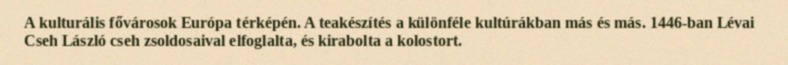
A kulturális fővárosok Európa térképén. A teakészítés a különféle kultúrákban más és más. 1446-ban Lévai Cseh László cseh zsoldosaival elfoglalta, és kirabolta a kolostort.